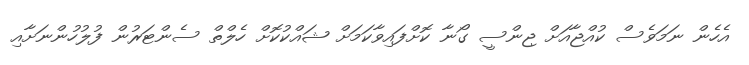
އެހެން ނަމަވެސް ކުއްޖާއަށް ޖިންސީ ގޯނާ ކޮށްފައިވާކަމަށް ޝައްކުކޮށް ހެލްތް ސެންޓަރުން ފުލުހުންނަށާއި